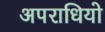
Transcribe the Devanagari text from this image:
अपराधियो